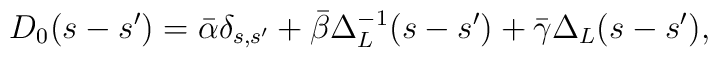
D_0(s-s') = \bar \alpha \delta_{s,s'} + \bar \beta \Delta_L^{-1}(s-s') + \bar \gamma \Delta_L(s-s') ,